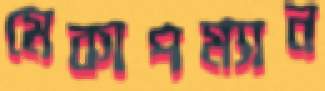
মেকাপম্যান